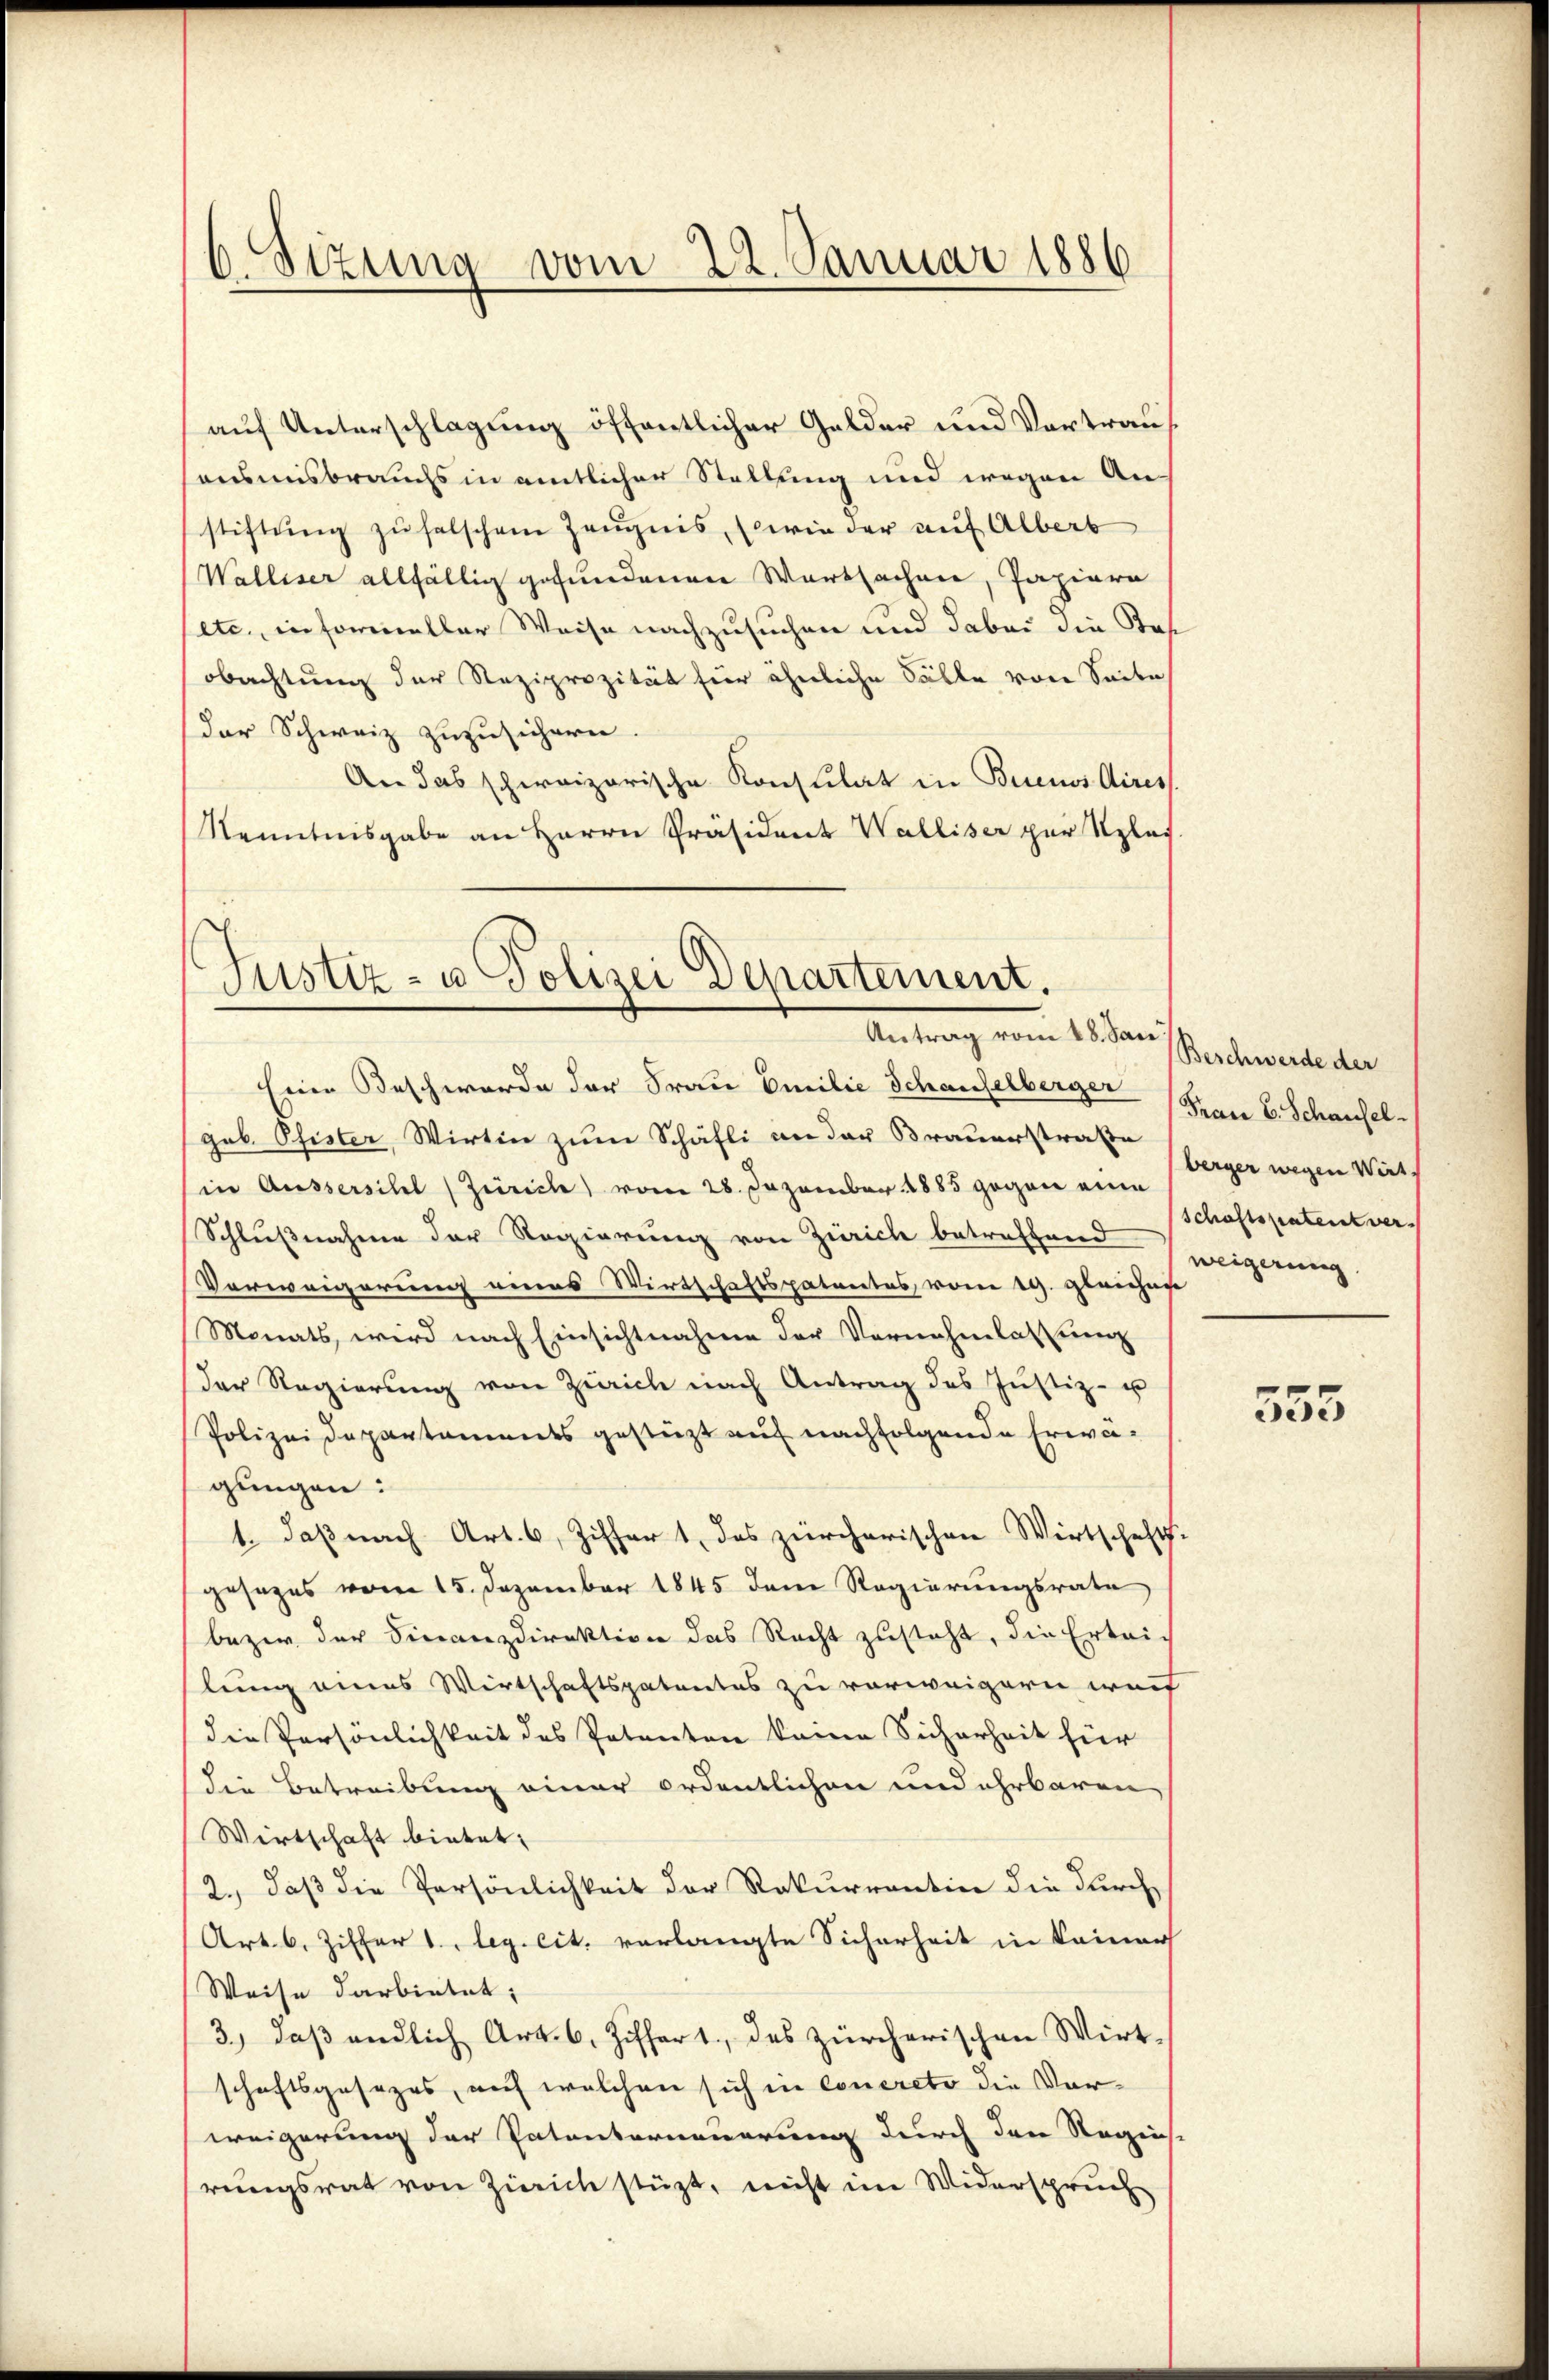
¬
Stzung vom 22. Januar 1886

auf Unterschlagung öffentlicher Gelder und Vortrau
saunisbrauchs in amtlicher Stellung und wegen Anstiftung zu falschen Zeugnis, (wie der auf Alberb
Walliser allfällig gefundenen Wartsachen, Papiere
etc., in formeller Weise nachzusuchen und dabei die Kos
obachtung der Reziprozität für ähnliche Fälle von Seite
Der Schweiz zuzusichern.
An das schweizerische Konstilat in Buenos Aires.
Kenntnisgabe an Herrn Präsident Walliser zur Sples

Justiz- u. Polizei Departement.
Antrag vom 18. Jan

Eine Beschwerde der Frau Emilie Schauselberger (Frau B. Schausel
gob. Pfister, Wirtin zum Schäfli an der Brauerstrafe
in Aussersihl (Zürich, vom 28. Dezember 1885 gegen eine steiger wegen Wirt
Schlußnahme der Regierung von Zürich betreffend
Verweigerung eines Wirtschaftspatentes, vom 19. gleicher
Monats, wird nach Einsichtnahme der Vornehmlassung
der Regierung von Zürich nach Antrag des Justiz- u
Polizeidepartaments gestützt auf nachfolgende Erwägungen:
1., daß nach Art. 6, Ziffer 1, das zürcherischen Wirtschafts-
gesezes vom 15. Dezember 1845 dene Regierungsrate
bezw. der Finanzdirektion das Recht zusteht, die Erleich
lung eines Wirtschaftspatentes zu verweigern wurf
die Persönlichkeit des Petenten keine Sicherheit hier
die Betreibung einer ordentlichen und ehrbaren,
Wirtschaft bietet:
2., daß die Persönlichkeit der Rekurrentin die durch
Art. 6. Ziffer 1., leg. cit. verlangte Sicherheit in keiner
Weise darbietet;
3.) daß endlich Art. 6. Ziffer 1., des zürcherischen Wirt-
schaftsgesezes, auf welchen sich in concreto die Vorweigerung der Patenterneuerung durch den Regens-
rungsrat von Zürich stüzt, nicht im Widerspruch

Beschwerde der
Schaftspatent ver-
weigerung.

555